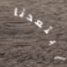
ابتعدنا